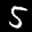
Label: 5